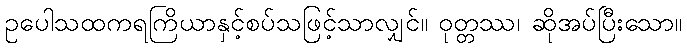
ဥပေါသထကရကြိယာနှင့်စပ်သဖြင့်သာလျှင်။ ဝုတ္တဿ၊ ဆိုအပ်ပြီးသော။